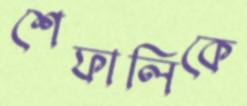
শেফালিকে